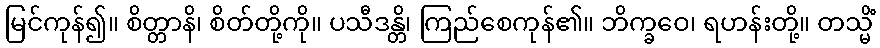
မြင်ကုန်၍။ စိတ္တာနိ၊ စိတ်တို့ကို။ ပသီဒန္တိ၊ ကြည်စေကုန်၏။ ဘိက္ခဝေ၊ ရဟန်းတို့။ တသ္မိံ